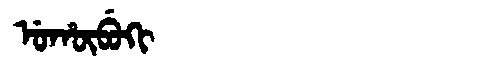
Manchu: ᡠᡥᡡᠪᡠᡴᡳ
Romanization: UHŪBUKI